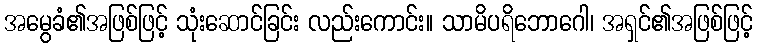
အမွေခံ၏အဖြစ်ဖြင့် သုံးဆောင်ခြင်း လည်းကောင်း။ သာမိပရိဘောဂေါ၊ အရှင်၏အဖြစ်ဖြင့်